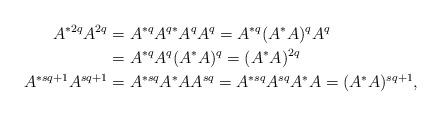
LaTeX: \begin{align*} A^{*2q}A^{2q}&=A^{*q}A^{q*}A^qA^q=A^{*q}(A^{*}A)^qA^q\\&=A^{*q}A^q(A^{*}A)^q=(A^{*}A)^{2q}\\ A^{*sq+1}A^{sq+1}&=A^{*sq}A^{*}AA^{sq}=A^{*sq}A^{sq}A^{*}A=(A^{*}A)^{sq+1},\end{align*}